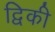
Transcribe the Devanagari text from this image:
द्विकी